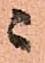
ニ